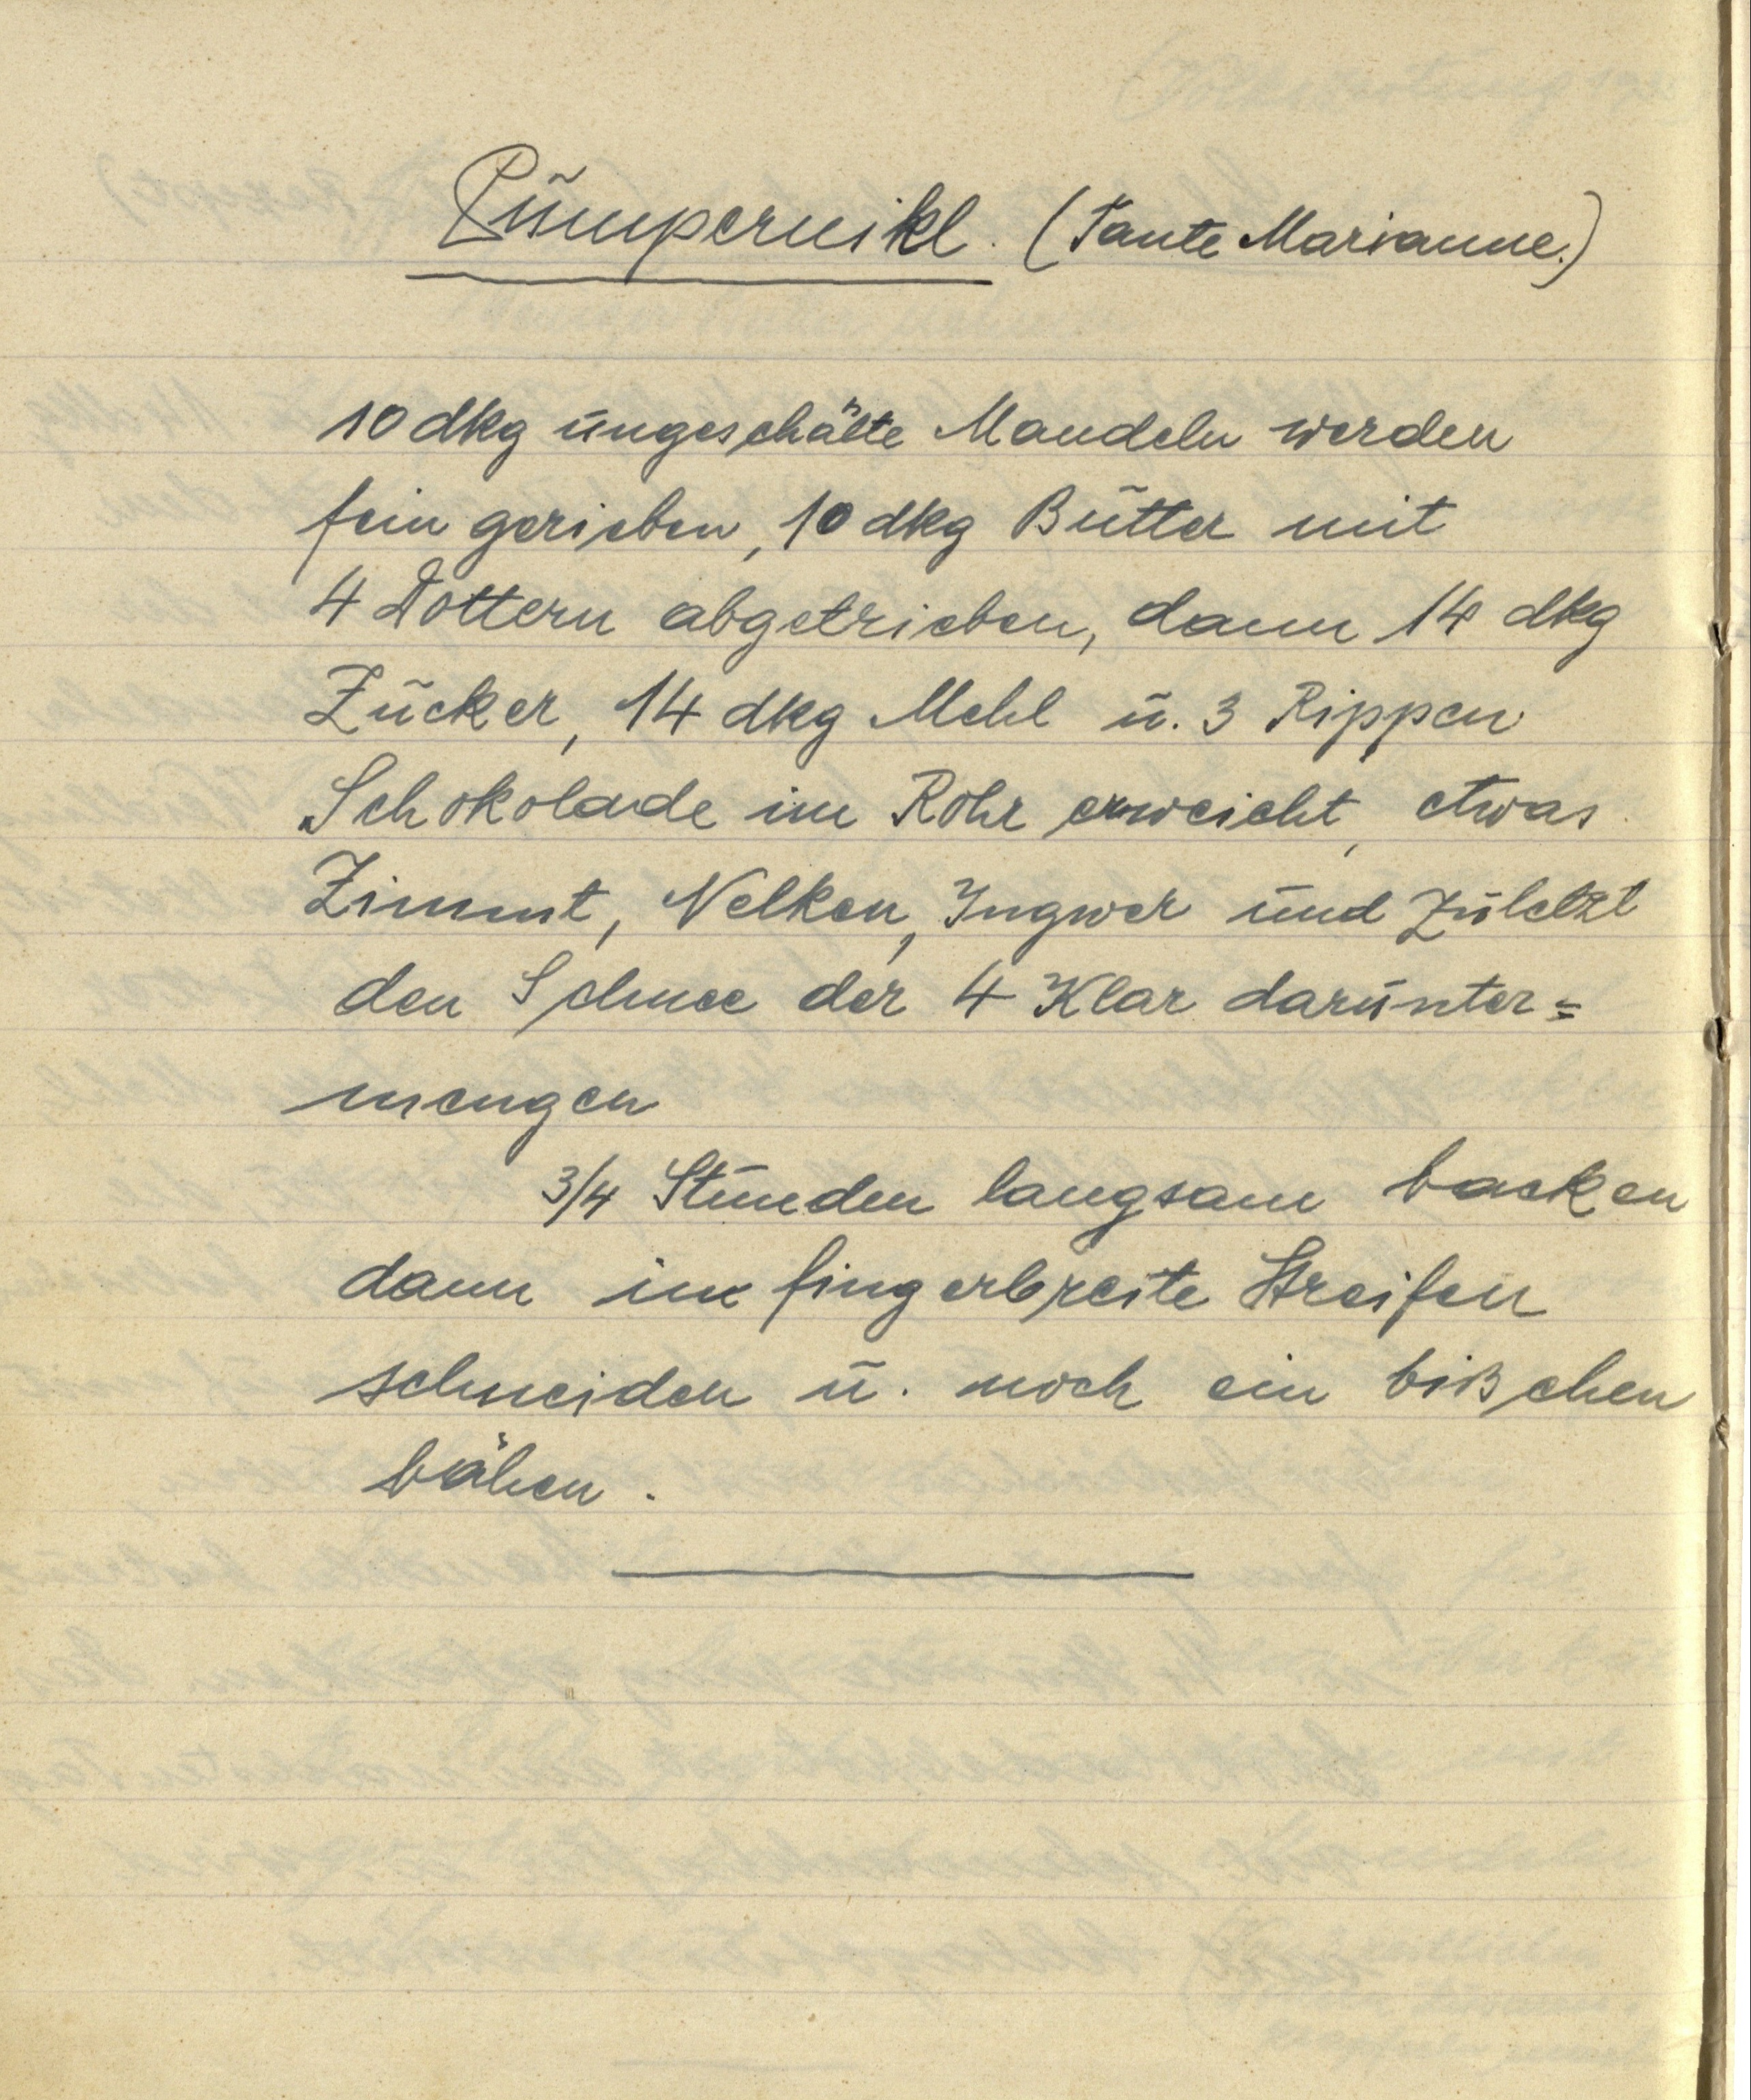
Pumpernikl. (Tante Marianne.)

10 dkg ungeschälte Mandeln werden
fein gerieben, 10 dkg Butter mit
4 Dottern abgetrieben, dann 14 dkg
Zucker, 14 dkg Mehl u. 3 Rippen
Schokolade im Rohr erweicht, etwas
Zimmt, Nelken, Ingwer und zuletzt
den Schnee der 4 Klar darunter¬
mengen
¾ Stunden langsam backen
dann in fingerbreite Streifen
schneiden u. noch ein bißchen
bähen.